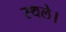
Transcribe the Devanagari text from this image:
स्थले।